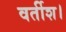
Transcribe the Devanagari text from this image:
वर्तीश।